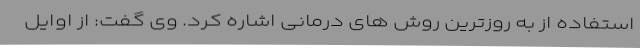
استفاده از به روزترین روش های درمانی اشاره کرد. وی گفت: از اوایل